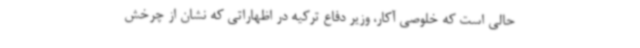
حالی است که خلوصی آکار، وزیر دفاع ترکیه در اظهاراتی که نشان از چرخش